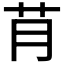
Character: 𮎟